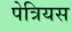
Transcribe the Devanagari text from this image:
पेत्रियस